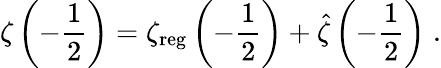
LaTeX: \zeta\left(-\frac{1}{2}\right)=\zeta_{\mathrm{reg}}\left(-\frac{1}{2}\right)+\hat{\zeta}\left(-\frac{1}{2}\right)\; .